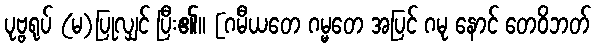
ပုဗ္ဗရုပ် (မ)ပြုလျှင် ပြီး၏။ [ဂမီယတေ ဂမ္မတေ အပြင် ဂမု နောင် တေဝိဘတ်